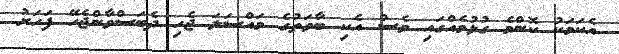
އެކަމަކު ކޮންމެ ގުޅުމެއްގައި ވެސް އެކި ބާވަތުގެ މައްސަލަ ޖެހި ދެބަސްވާންޖެހޭ ފަހަރު